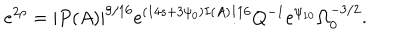
LaTeX: e ^ { 2 \rho } = | P ( A ) | ^ { 9 / 1 6 } e ^ { ( 1 4 s + 3 \psi _ { 0 } ) I ( A ) / 1 6 } Q ^ { - 1 } e ^ { \psi _ { 1 0 } } \Omega _ { 0 } ^ { - 3 / 2 } .